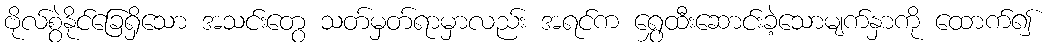
ဗိုလ်စွဲနိုင်ခြေရှိသော အသင်းတွေ သတ်မှတ်ရာမှာလည်း အရင်က ရွှေထီးဆောင်းခဲ့သောမျက်နှာကို ထောက်၍